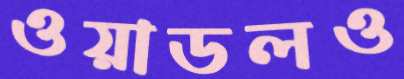
ওয়াডলও